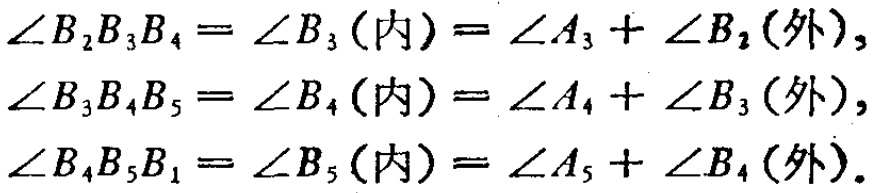
\(\angle B_{2}B_{3}B_{4}=\angle B_{3}(\text{内})=\angle A_{3}+\angle B_{2}(\text{外}),\\

\angle B_{3}B_{4}B_{5}=\angle B_{4}(\text{内})=\angle A_{4}+\angle B_{3}(\text{外}),\\

\angle B_{4}B_{5}B_{1}=\angle B_{5}(\text{内})=\angle A_{5}+\angle B_{4}(\text{外}).\)